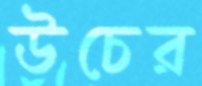
উচের